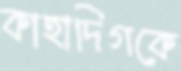
কাহাদিগকে